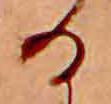
る